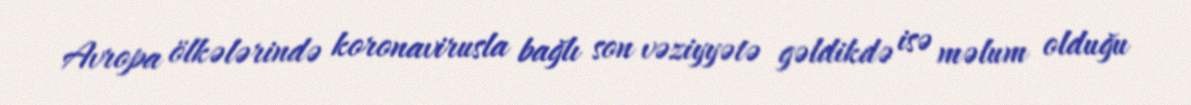
Avropa ölkələrində koronavirusla bağlı son vəziyyətə gəldikdə isə məlum olduğu